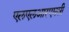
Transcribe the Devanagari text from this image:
एलएलआरएमसी